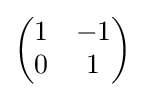
{\begin{pmatrix}1&-1\\0&1\end{pmatrix}}